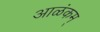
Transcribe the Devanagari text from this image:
आळंकम्